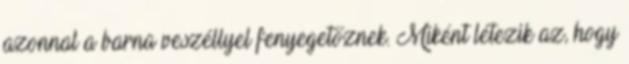
azonnal a barna veszéllyel fenyegetőznek. Miként létezik az, hogy